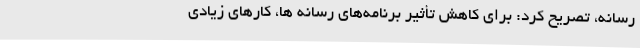
رسانه، تصریح کرد: برای کاهش تأثیر برنامه‌های رسانه ها، کارهای زیادی